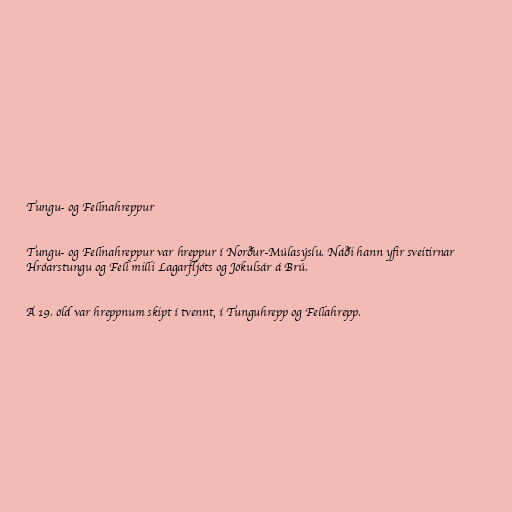
Tungu- og Fellnahreppur

Tungu- og Fellnahreppur var hreppur í Norður-Múlasýslu. Náði hann yfir sveitirnar
Hróarstungu og Fell milli Lagarfljóts og Jökulsár á Brú.

Á 19. öld var hreppnum skipt í tvennt, í Tunguhrepp og Fellahrepp.